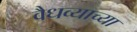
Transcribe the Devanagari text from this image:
वैधव्याच्या